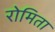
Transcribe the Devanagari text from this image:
रोमिता